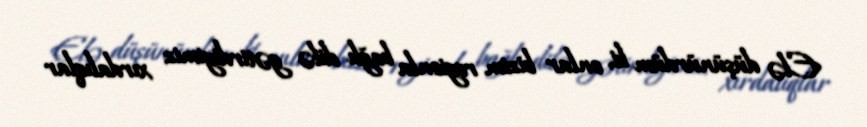
Elə düşünürdüm ki, onlar bizim regionla bağlı dilə gətirdiyimiz xırdalıqlar